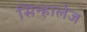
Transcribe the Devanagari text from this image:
सिन्हालेज